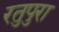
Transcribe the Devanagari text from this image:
रतुपुरा